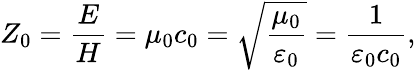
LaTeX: Z_{0}={\frac{E}{H}}=\mu_{0}c_{0}={\sqrt{\frac{\mu_{0}}{\varepsilon_{0}}}}={\frac{1}{\varepsilon_{0}c_{0}}},